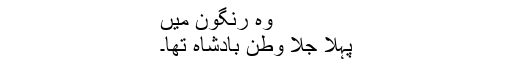
وہ رنگون میں
پہلا جلا وطن بادشاہ تھا۔